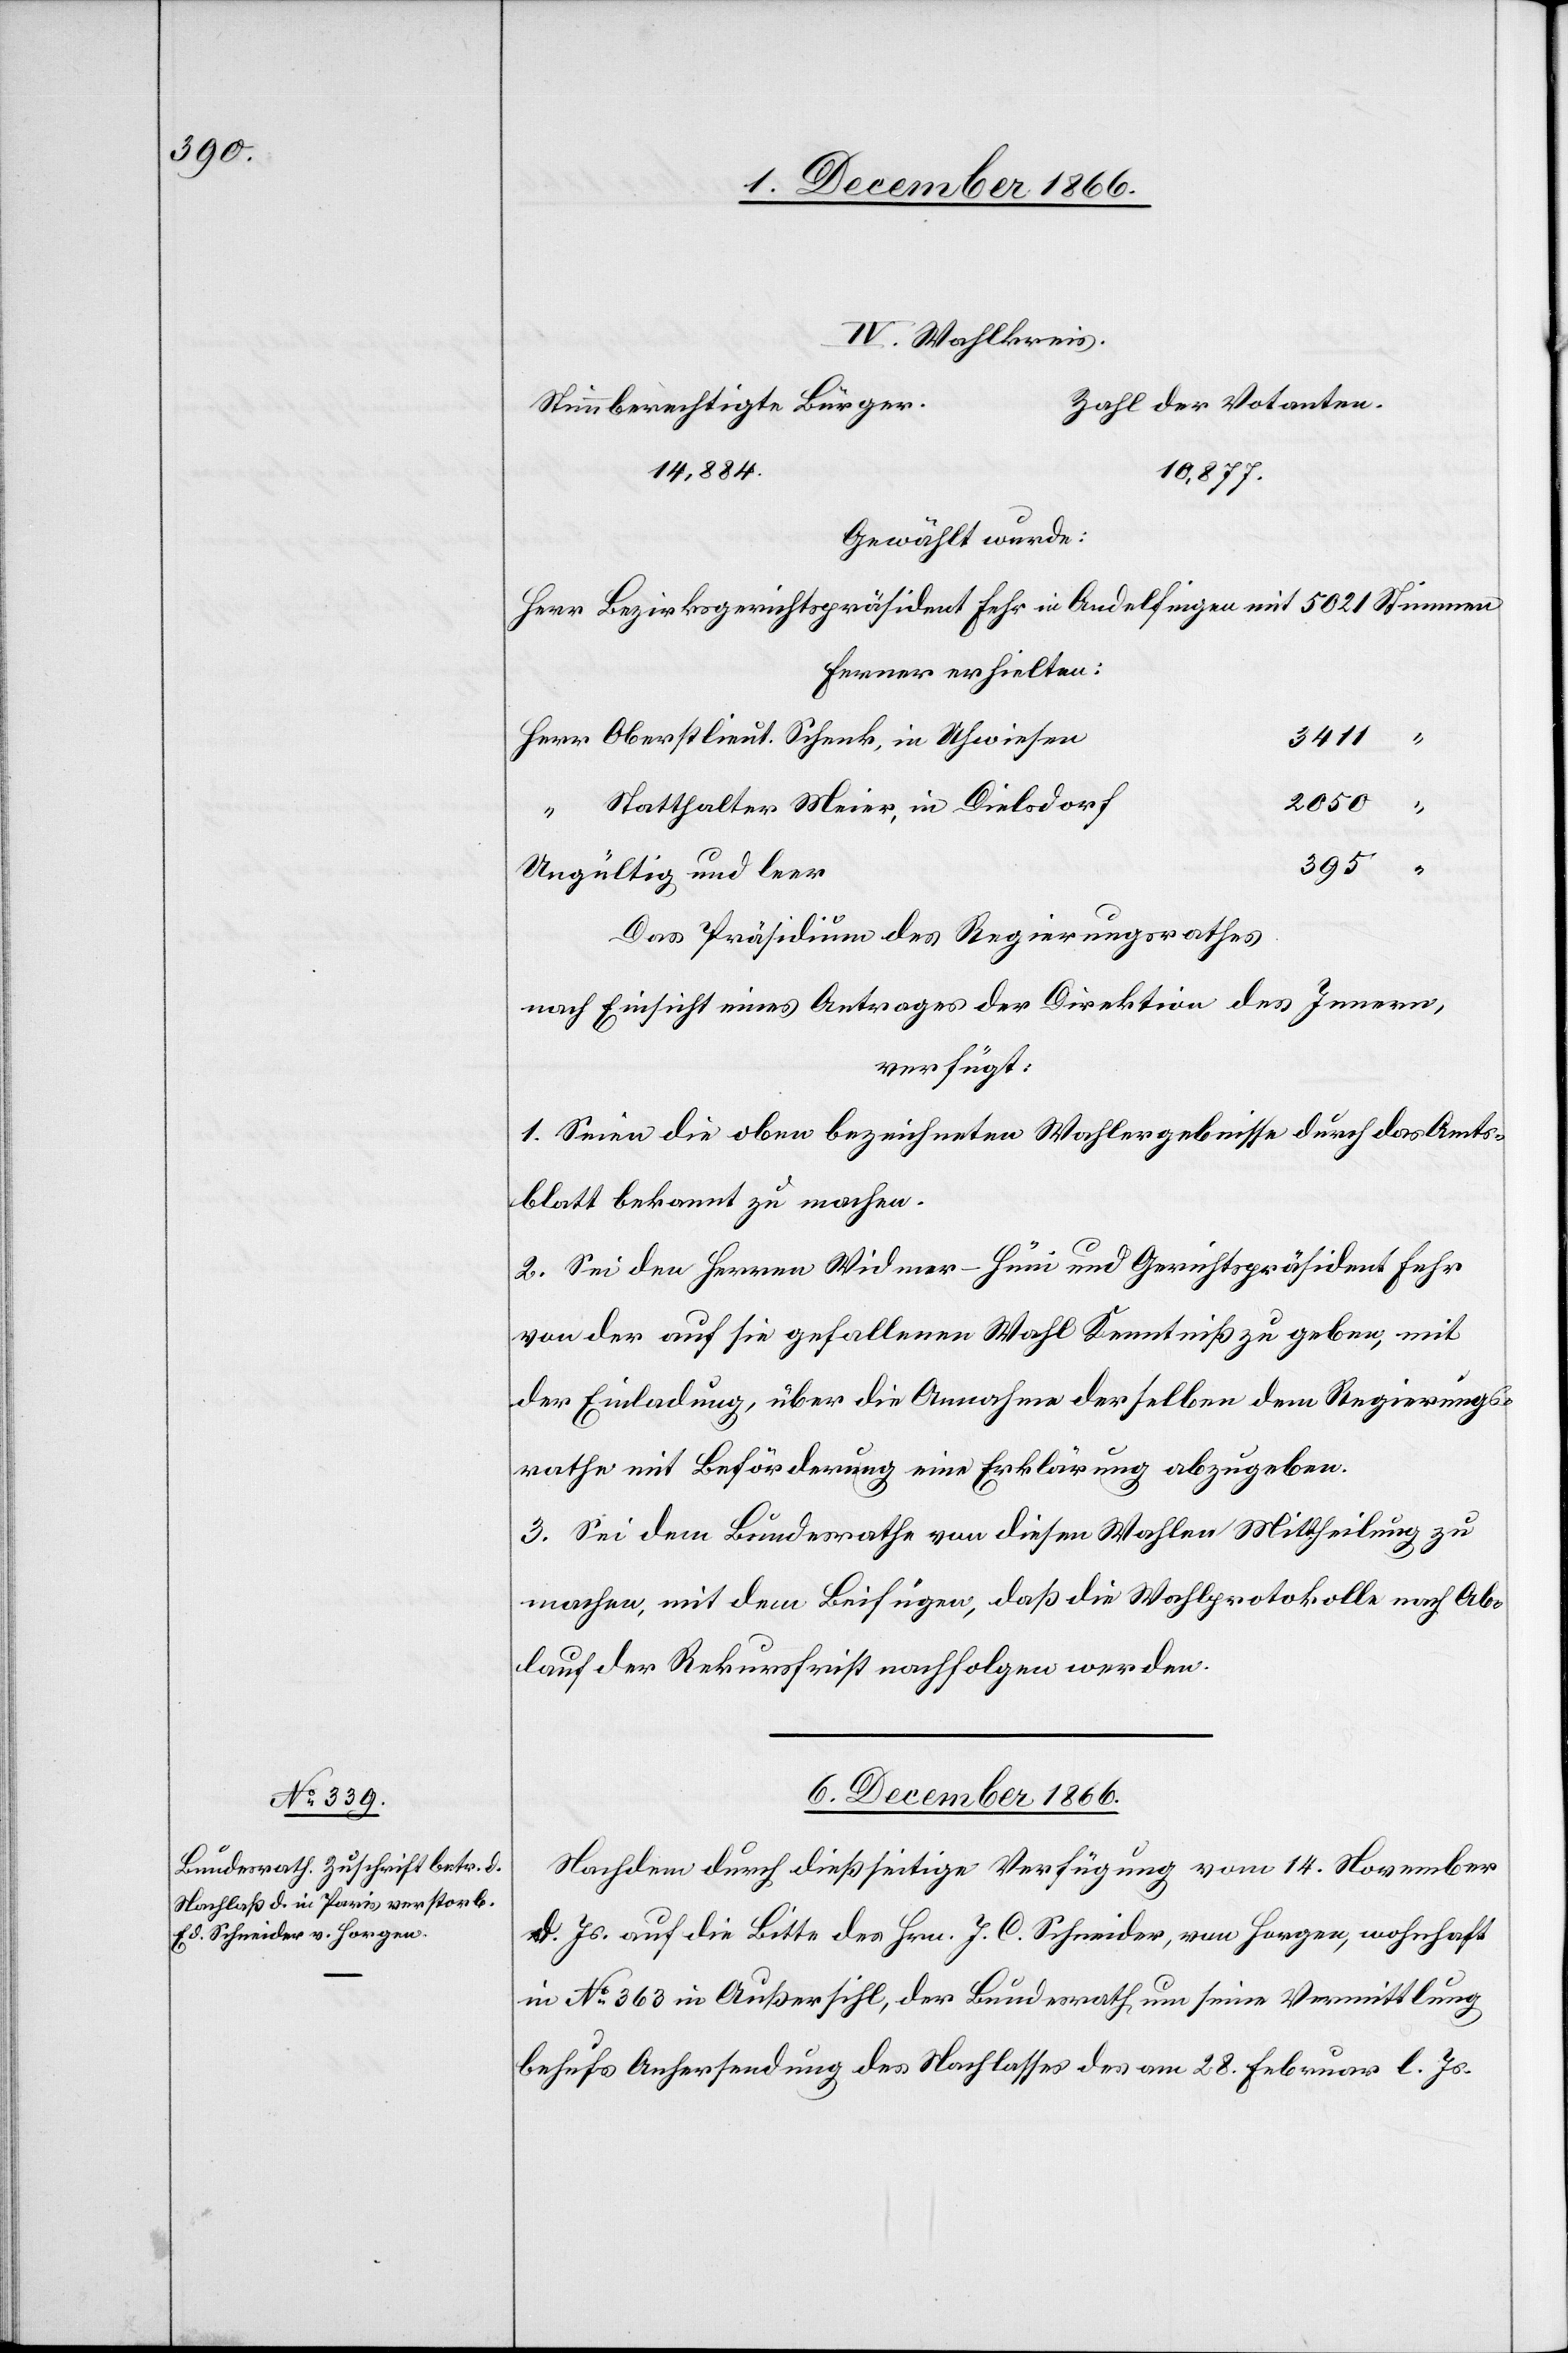
IV. Wahlkreis
Zahl der Votanten.
Stimmberechtigte Bürger.
14 884.
10 877.
Gewählt wurde:
ferner erhielten:
3411
Oberstlieut. Schenk, in Uhwiesen
2050
“
Statthalter Meier, in Dielsdorf
395
Ungültig und leer
Das Präsidium des Regierungsrathes,
nach Einsicht eines Antrages der Direktion des Innern,
verfügt:
1. Seien die oben bezeichneten Wahlergebnisse durch das Amts¬
blatt bekannt zu machen.
2. Sei den Herren Widmer-Hüni und Gerichtspräsident Fehr
von der auf sie gefallenen Wahl Kenntniß zu geben, mit
der Einladung, über die Annahme derselben dem Regierungs¬
rathe mit Beförderung eine Erklärung abzugeben.
3. Sei dem Bundesrathe von diesen Wahlen Mittheilung zu
machen, mit dem Beifügen, daß die Wahlprotokolle nach Ab¬
lauf der Rekursfrist nachfolgen werden.
6. December 1866.
Nachdem durch dießseitige Verfügung vom 14. November
d. Js. auf die Bitte des Hrn. J. C. Schneider, von Horgen, wohnhaft
in No. 363 in Außersihl, der Bundesrath um seine Vermittlung
behufs Anhersendung des Nachlasses des am 28. Februar l. Js.